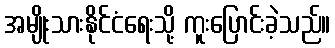
အမျိုးသားနိုင်ငံရေးသို့ ကူးပြောင်းခဲ့သည်။